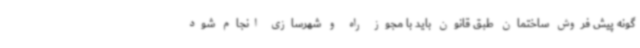
گونه پیش فروش ساختمان طبق قانون باید با مجوز راه و شهرسازی انجام شود